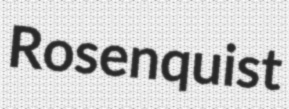
Rosenquist